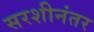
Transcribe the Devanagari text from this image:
सरशीनंतर